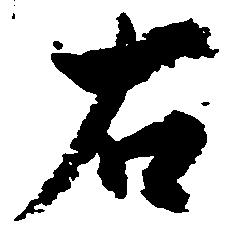
右